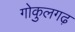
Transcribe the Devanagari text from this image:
गोकुलगढ़